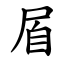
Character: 㞒